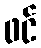
ဖင်